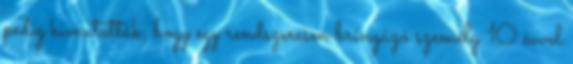
pedig kimutatták, hogy egy rendszeresen bringázó személy 10 évvel